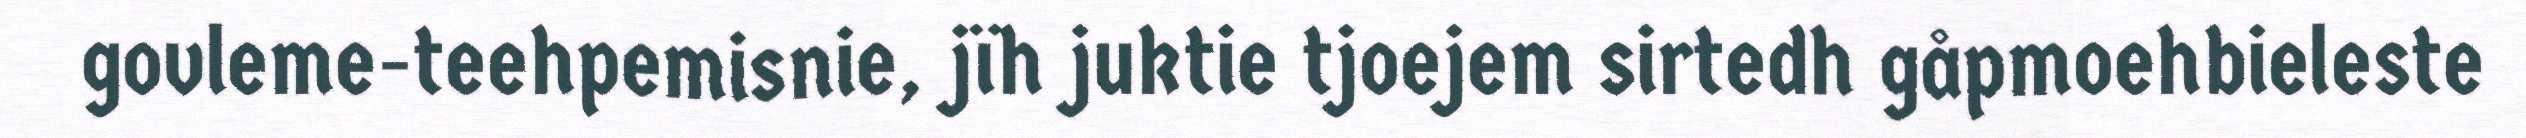
govleme-teehpemisnie, jïh juktie tjoejem sirtedh gåpmoehbieleste